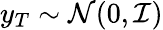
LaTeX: y_{T}\sim\mathcal{N}(0,\mathcal{I})